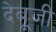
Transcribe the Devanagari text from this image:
देबूजी